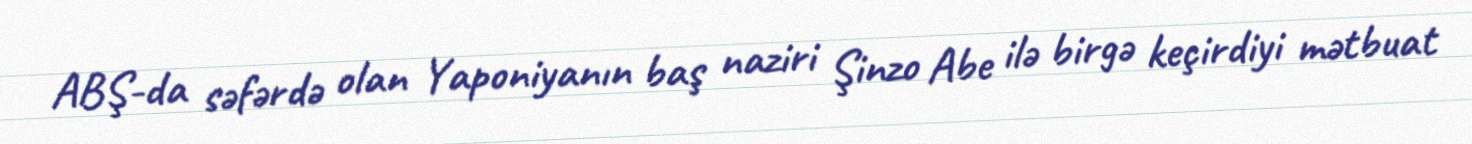
ABŞ-da səfərdə olan Yaponiyanın baş naziri Şinzo Abe ilə birgə keçirdiyi mətbuat